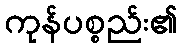
ကုန်ပစ္စည်း၏